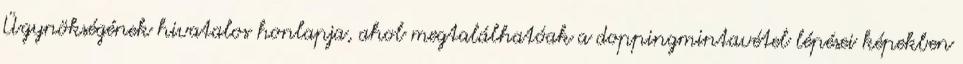
Ügynökségének hivatalos honlapja, ahol megtalálhatóak a doppingmintavétel lépései képekben